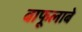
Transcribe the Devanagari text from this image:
बाफूलाबे